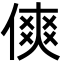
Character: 傸